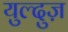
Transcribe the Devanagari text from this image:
युल्दुज़